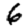
Digit: 6